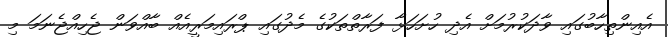
އެއިންތިހާބުގައި ވާދަކުރުމަށް އެދި ހުށަހަޅާ ފަރާތްތަކުގެ މެދުގައި ޕްރައިމަރީއެއް ބާއްވަން ޖެހިއްޖެނަމަ މި